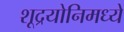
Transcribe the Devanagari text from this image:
शूद्रयोनिमध्ये